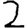
Digit: 2